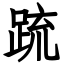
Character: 䟽